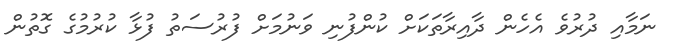
ނަމާއި ދުރުވެ އެހެން ދާއިރާތަކަށް ކުންފުނި ވަނުމަށް ފުރުސަތު ފުޅާ ކުރުމުގެ ގޮތުން